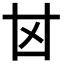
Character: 𠀠